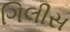
ગિલીસ